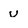
Character: u